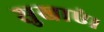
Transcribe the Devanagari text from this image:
सुखाएं।